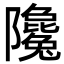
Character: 䧯